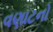
વણાટનો